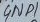
Text: GND1